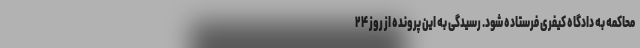
محاکمه به دادگاه کیفری فرستاده شود. رسیدگی به این پرونده از روز ۲۴